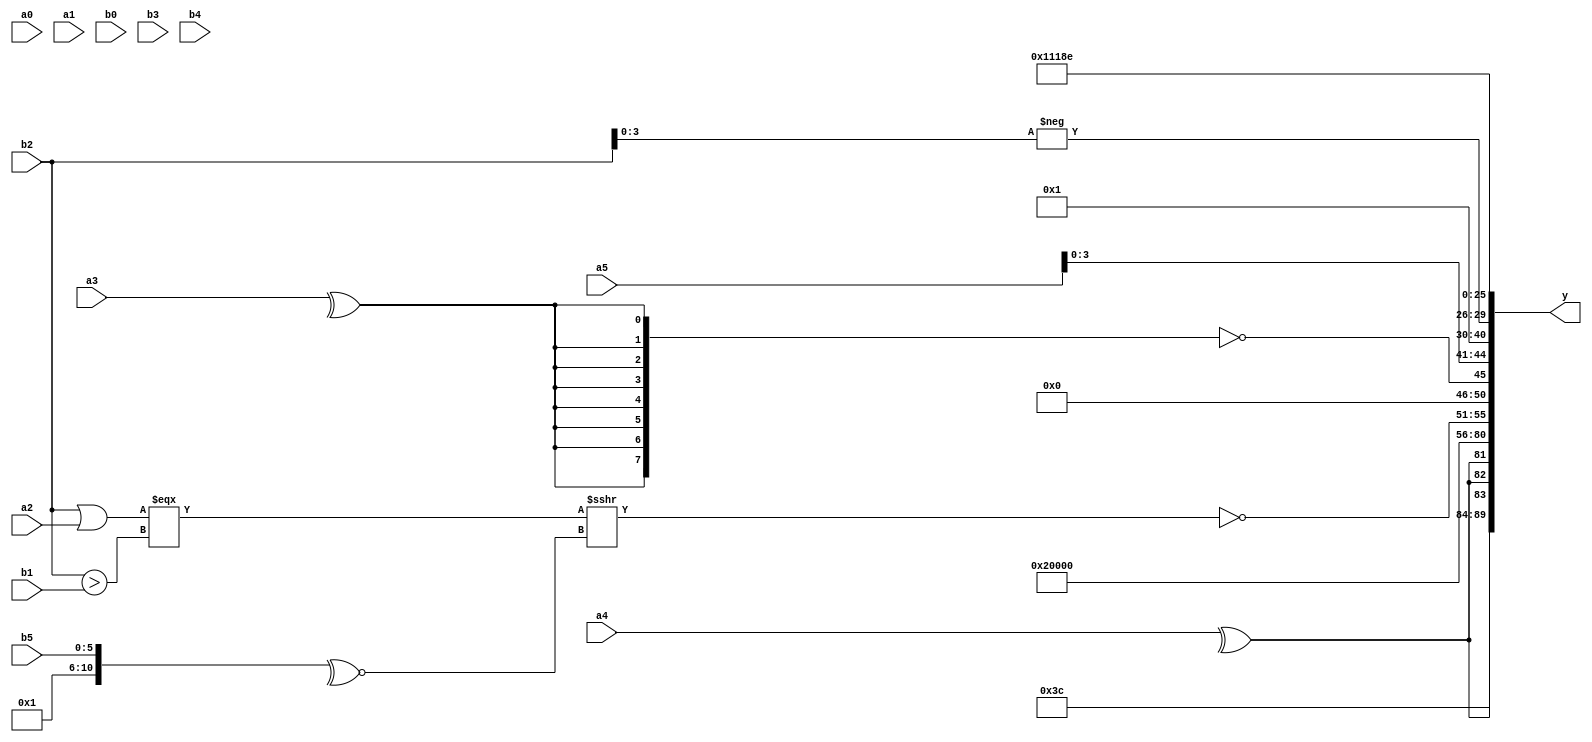
module expression_00258(a0, a1, a2, a3, a4, a5, b0, b1, b2, b3, b4, b5, y);
  input [3:0] a0;
  input [4:0] a1;
  input [5:0] a2;
  input signed [3:0] a3;
  input signed [4:0] a4;
  input signed [5:0] a5;

  input [3:0] b0;
  input [4:0] b1;
  input [5:0] b2;
  input signed [3:0] b3;
  input signed [4:0] b4;
  input signed [5:0] b5;

  wire [3:0] y0;
  wire [4:0] y1;
  wire [5:0] y2;
  wire signed [3:0] y3;
  wire signed [4:0] y4;
  wire signed [5:0] y5;
  wire [3:0] y6;
  wire [4:0] y7;
  wire [5:0] y8;
  wire signed [3:0] y9;
  wire signed [4:0] y10;
  wire signed [5:0] y11;
  wire [3:0] y12;
  wire [4:0] y13;
  wire [5:0] y14;
  wire signed [3:0] y15;
  wire signed [4:0] y16;
  wire signed [5:0] y17;

  output [89:0] y;
  assign y = {y0,y1,y2,y3,y4,y5,y6,y7,y8,y9,y10,y11,y12,y13,y14,y15,y16,y17};

  localparam [3:0] p0 = (~({1{{1{(3'd1)}}}}<{2{(2'sd1)}}));
  localparam [4:0] p1 = {1{((((5'sd5)?(5'd20):(3'd5))?{4{(-4'sd4)}}:{(5'd19)})!=(((4'd15)-(5'd15))>((5'd18)&(2'd0))))}};
  localparam [5:0] p2 = (^(|(+((|(~|(-2'sd0)))>=((3'd0)<<(4'sd3))))));
  localparam signed [3:0] p3 = (|(&(3'd6)));
  localparam signed [4:0] p4 = (5'd27);
  localparam signed [5:0] p5 = (5'sd5);
  localparam [3:0] p6 = (~|(-(^(|(~(&(+(+(&(~^(3'sd1)))))))))));
  localparam [4:0] p7 = {1{((4'd1)-((3'd5)?(2'd2):(-5'sd6)))}};
  localparam [5:0] p8 = {{(5'd31),(5'd2),(3'sd0)},((2'd3)===(5'd2))};
  localparam signed [3:0] p9 = (|((~(|{((~(4'sd4))>={(2'd2),(4'd6),(2'd1)})}))<<(&(!((~&(3'sd0))&&(3'd5))))));
  localparam signed [4:0] p10 = (&(-(((5'd19)?(5'd14):(-3'sd2))?((^(4'd10))<<(~(5'd19))):{2{(~^(3'sd1))}})));
  localparam signed [5:0] p11 = {4{{1{(5'sd15)}}}};
  localparam [3:0] p12 = (((4'sd3)==(-2'sd1))?(|(-2'sd0)):((3'sd0)?(-2'sd0):(3'sd0)));
  localparam [4:0] p13 = (((5'd13)^(-2'sd1))?((3'sd1)?(5'sd0):(5'd27)):{(3'sd2),(2'sd1),(2'd1)});
  localparam [5:0] p14 = (&((5'd4)!=(^(5'd7))));
  localparam signed [3:0] p15 = (~^(~&(^(-(4'd1)))));
  localparam signed [4:0] p16 = (-2'sd1);
  localparam signed [5:0] p17 = {(2'sd1)};

  assign y0 = (~((~|((~|((~&p3)))<(~$signed((p9<<<p4)))))));
  assign y1 = {3{(^a4)}};
  assign y2 = {({(a1!==a0),{3{p13}}}<<{(^{p8})}),{3{{3{p12}}}}};
  assign y3 = {{(5'd10),(a2?p5:p2)},(2'd0)};
  assign y4 = {2{(~(!($signed(p0)==(p16!=p0))))}};
  assign y5 = (2'd0);
  assign y6 = ((p0?p2:p10)?(3'd0):{2{p9}});
  assign y7 = (~$unsigned((((b2||a2)===(b2>b1))>>>(|(~^{p1,b5})))));
  assign y8 = (!{2{{4{(^a3)}}}});
  assign y9 = {{b0,p9,a5},(a1?a5:a5)};
  assign y10 = (-(-2'sd0));
  assign y11 = (|(2'd3));
  assign y12 = (-(p16?b2:p9));
  assign y13 = (+{a4,p16,p8});
  assign y14 = ({(~|(p8>>>p2)),(p1<<p15),(p1<<<p6)}<<{({p14}>={p0,p2,p15}),{(^{p12,p13,p14})}});
  assign y15 = {((-(~p10))!=(5'd2 * p2)),({p3,p10,p14}=={(~p2)})};
  assign y16 = (4'd2 * (2'd3));
  assign y17 = (4'd14);
endmodule